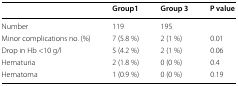
|  | Group1 | Group 3 | P value |
 | --- | --- | --- | --- |
 | Number | 119 | 195 |  |
 | Minor complications no. (%) | 7 (5.8 %) | 2 (1 %) | 0.01 |
 | Drop in Hb <10 g/l | 5 (4.2 %) | 2 (1 %) | 0.06 |
 | Hematuria | 2 (1.8 %) | 0 (0 %) | 0.4 |
 | Hematoma | 1 (0.9 %) | 0 (0 %) | 0.19 |